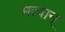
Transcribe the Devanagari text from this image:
मत्वान्